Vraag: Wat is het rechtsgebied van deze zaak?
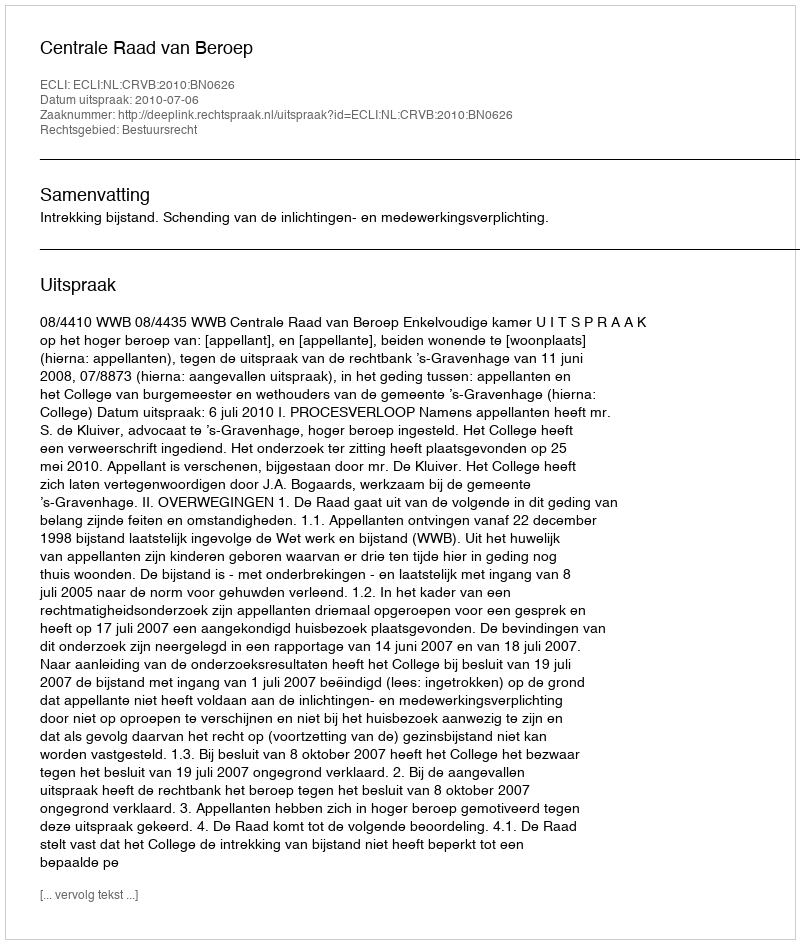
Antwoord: Bestuursrecht